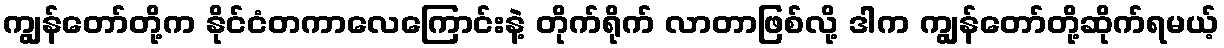
ကျွန်တော်တို့က နိုင်ငံတကာလေကြောင်းနဲ့ တိုက်ရိုက် လာတာဖြစ်လို့ ဒါက ကျွန်တော်တို့ဆိုက်ရမယ့်